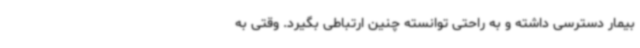
بیمار دسترسی داشته و به راحتی توانسته چنین ارتباطی بگیرد. وقتی به